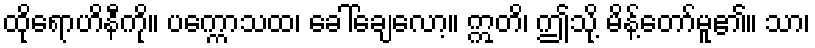
ထိုရောဟိနီကို။ ပက္ကောသထ၊ ခေါ်ချေလော့။ ဣတိ၊ ဤသို့ မိန့်တော်မူ၏။ သာ၊